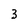
Character: 3